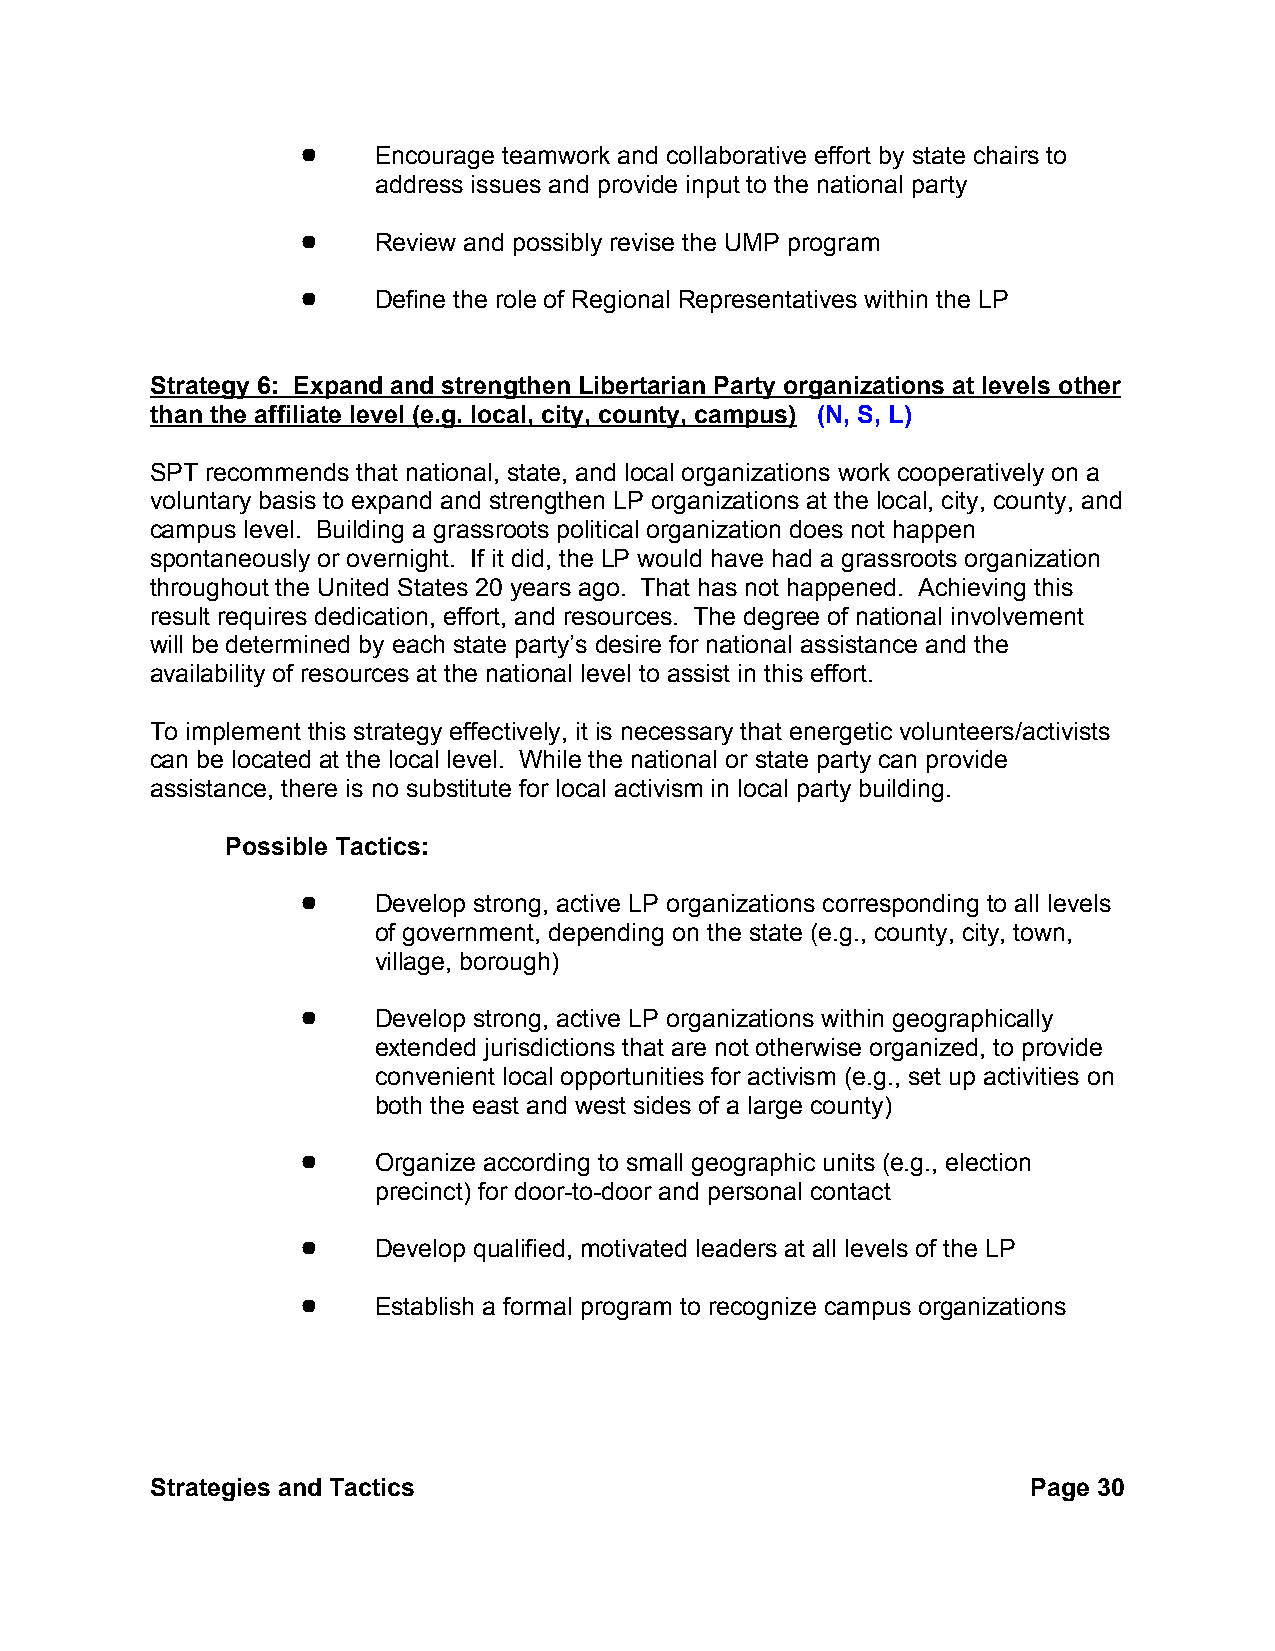
!    Encourage teamwork and collaborative effort by state chairs to
 address issues and provide input to the national party
 !    Review and possibly revise the UMP program
 !    Define the role of Regional Representatives within the LP
 Strategy 6: Expand and strengthen Libertarian Party organizations at levels other
 than the affiliate level (e.g. local, city, county, campus) (N, S, L)
 SPT recommends that national, state, and local organizations work cooperatively on a
 voluntary basis to expand and strengthen LP organizations at the local, city, county, and
 campus level. Building a grassroots political organization does not happen
 spontaneously or overnight. If it did, the LP would have had a grassroots organization
 throughout the United States 20 years ago. That has not happened. Achieving this
 result requires dedication, effort, and resources. The degree of national involvement
 will be determined by each state party’s desire for national assistance and the
 availability of resources at the national level to assist in this effort.
 To implement this strategy effectively, it is necessary that energetic volunteers/activists
 can be located at the local level. While the national or state party can provide
 assistance, there is no substitute for local activism in local party building.
 Possible Tactics:
 !    Develop strong, active LP organizations corresponding to all levels
 of government, depending on the state (e.g., county, city, town,
 village, borough)
 !    Develop strong, active LP organizations within geographically
 extended jurisdictions that are not otherwise organized, to provide
 convenient local opportunities for activism (e.g., set up activities on
 both the east and west sides of a large county)
 !    Organize according to small geographic units (e.g., election
 precinct) for door-to-door and personal contact
 !    Develop qualified, motivated leaders at all levels of the LP
 !    Establish a formal program to recognize campus organizations
 Strategies and Tactics                                    Page 30